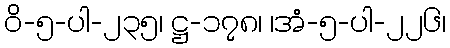
ဝိ-၅-ပါ-၂၃၅၊ ဋ္ဌ-၁၇၈၊ ၊အံ-၅-ပါ-၂၂၆၊